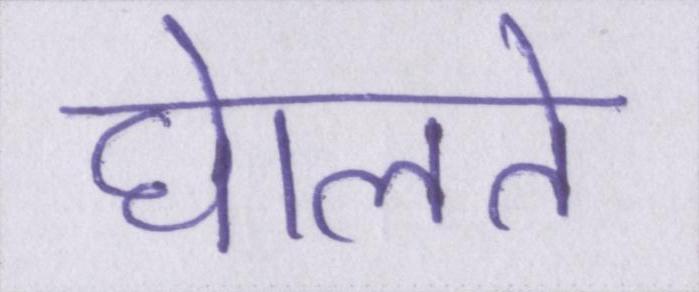
घेालते